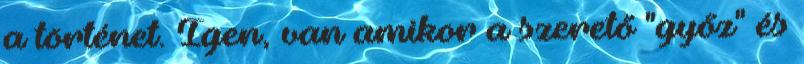
a történet. Igen, van amikor a szerető "győz" és